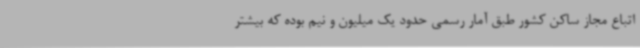
اتباع مجاز ساکن کشور طبق آمار رسمی حدود یک میلیون و نیم بوده که بیشتر